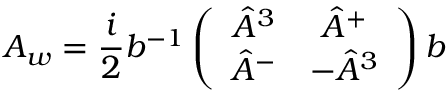
A _ { w } = { \frac { i } { 2 } } b ^ { - 1 } \left( \begin{array} { c c } { { \hat { A } ^ { 3 } } } & { { \hat { A } ^ { + } } } \\ { { \hat { A } ^ { - } } } & { { - \hat { A } ^ { 3 } } } \end{array} \right) b